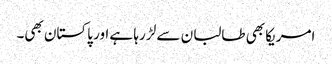
امریکا بھی طالبان سے لڑ رہا ہے اور پاکستان بھی۔